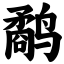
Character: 鹬